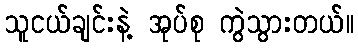
သူငယ်ချင်းနဲ့ အုပ်စု ကွဲသွားတယ်။